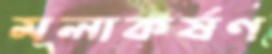
মূলাকর্ষণ